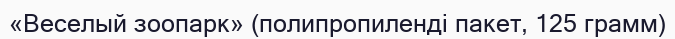
«Веселый зоопарк» (полипропиленді пакет, 125 грамм)